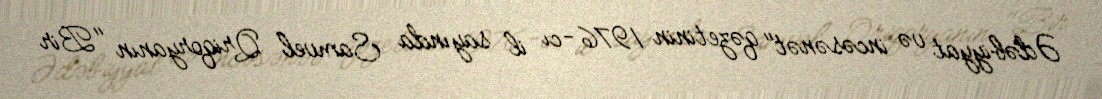
Ədəbiyyat və incəsənət" qəzetinin 1976-cı il sayında Samvel Qriqoryanın "Bir